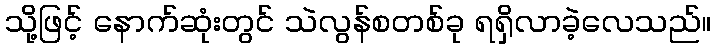
သို့ဖြင့် နောက်ဆုံးတွင် သဲလွန်စတစ်ခု ရရှိလာခဲ့လေသည်။